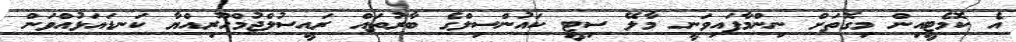
އެ ކޮމެޓީއިން މިގޮތަށް ނިންމާފައިވަނީ މާލޭ ސިޓީ ކައުންސިލްގެ ބާރުތައް ރައީސުލްޖުމްހޫރިއްޔާ ކަނޑައަޅުއްވަން